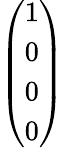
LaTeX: \left(\begin{array}{l}{1}\\ {0}\\ {0}\\ {0}\end{array}\right)